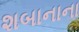
શબાનાના